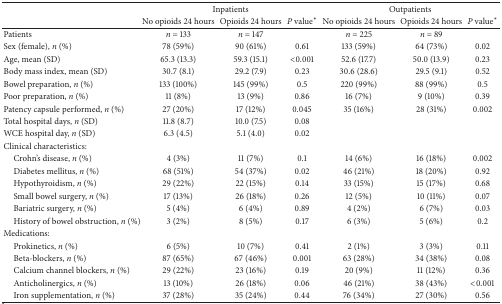
<table><thead><tr><td><b> </b></td><td colspan="3"><b>Inpatients</b></td><td colspan="3"><b>Outpatients</b></td></tr><tr><td><b> </b></td><td><b>No opioids 24 hours</b></td><td><b>Opioids 24 hours</b></td><td><b><i>P</i> value∗</b></td><td><b>No opioids 24 hours</b></td><td><b>Opioids 24 hours</b></td><td><b><i>P</i> value∗</b></td></tr></thead><tbody><tr><td>Patients</td><td><i>n</i> = 133</td><td><i>n</i> = 147</td><td> </td><td><i>n</i> = 225</td><td><i>n</i> = 89</td><td> </td></tr><tr><td>Sex (female), <i>n</i> (%)</td><td>78 (59%)</td><td>90 (61%)</td><td>0.61</td><td>133 (59%)</td><td>64 (73%)</td><td>0.02</td></tr><tr><td>Age, mean (SD)</td><td>65.3 (13.3)</td><td>59.3 (15.1)</td><td>&lt;0.001</td><td>52.6 (17.7)</td><td>50.0 (13.9)</td><td>0.23</td></tr><tr><td>Body mass index, mean (SD)</td><td>30.7 (8.1)</td><td>29.2 (7.9)</td><td>0.23</td><td>30.6 (28.6)</td><td>29.5 (9.1)</td><td>0.52</td></tr><tr><td>Bowel preparation, <i>n</i> (%)</td><td>133 (100%)</td><td>145 (99%)</td><td>0.5</td><td>220 (99%)</td><td>88 (99%)</td><td>0.5</td></tr><tr><td>Poor preparation, <i>n</i> (%)</td><td>11 (8%)</td><td>13 (9%)</td><td>0.86</td><td>16 (7%)</td><td>9 (10%)</td><td>0.39</td></tr><tr><td>Patency capsule performed, <i>n</i> (%)</td><td>27 (20%)</td><td>17 (12%)</td><td>0.045</td><td>35 (16%)</td><td>28 (31%)</td><td>0.002</td></tr><tr><td>Total hospital days, <i>n</i> (SD)</td><td>11.8 (8.7)</td><td>10.0 (7.5)</td><td>0.08</td><td> </td><td> </td><td> </td></tr><tr><td>WCE hospital day, <i>n</i> (SD)</td><td>6.3 (4.5)</td><td>5.1 (4.0)</td><td>0.02</td><td> </td><td> </td><td> </td></tr><tr><td>Clinical characteristics:</td><td> </td><td> </td><td> </td><td> </td><td> </td><td> </td></tr><tr><td> Crohn&#x27;s disease, <i>n</i> (%)</td><td>4 (3%)</td><td>11 (7%)</td><td>0.1</td><td>14 (6%)</td><td>16 (18%)</td><td>0.002</td></tr><tr><td> Diabetes mellitus, <i>n</i> (%)</td><td>68 (51%)</td><td>54 (37%)</td><td>0.02</td><td>46 (21%)</td><td>18 (20%)</td><td>0.92</td></tr><tr><td> Hypothyroidism, <i>n</i> (%)</td><td>29 (22%)</td><td>22 (15%)</td><td>0.14</td><td>33 (15%)</td><td>15 (17%)</td><td>0.68</td></tr><tr><td> Small bowel surgery, <i>n</i> (%)</td><td>17 (13%)</td><td>26 (18%)</td><td>0.26</td><td>12 (5%)</td><td>10 (11%)</td><td>0.07</td></tr><tr><td> Bariatric surgery, <i>n</i> (%)</td><td>5 (4%)</td><td>6 (4%)</td><td>0.89</td><td>4 (2%)</td><td>6 (7%)</td><td>0.03</td></tr><tr><td> History of bowel obstruction, <i>n</i> (%)</td><td>3 (2%)</td><td>8 (5%)</td><td>0.17</td><td>6 (3%)</td><td>5 (6%)</td><td>0.2</td></tr><tr><td>Medications:</td><td> </td><td> </td><td> </td><td> </td><td> </td><td> </td></tr><tr><td> Prokinetics, <i>n</i> (%)</td><td>6 (5%)</td><td>10 (7%)</td><td>0.41</td><td>2 (1%)</td><td>3 (3%)</td><td>0.11</td></tr><tr><td> Beta-blockers, <i>n</i> (%)</td><td>87 (65%)</td><td>67 (46%)</td><td>0.001</td><td>63 (28%)</td><td>34 (38%)</td><td>0.08</td></tr><tr><td> Calcium channel blockers, <i>n</i> (%)</td><td>29 (22%)</td><td>23 (16%)</td><td>0.19</td><td>20 (9%)</td><td>11 (12%)</td><td>0.36</td></tr><tr><td> Anticholinergics, <i>n</i> (%)</td><td>13 (10%)</td><td>26 (18%)</td><td>0.06</td><td>46 (21%)</td><td>38 (43%)</td><td>&lt;0.001</td></tr><tr><td> Iron supplementation, <i>n</i> (%)</td><td>37 (28%)</td><td>35 (24%)</td><td>0.44</td><td>76 (34%)</td><td>27 (30%)</td><td>0.56</td></tr></tbody></table>